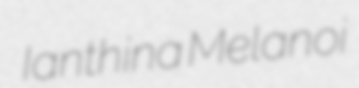
Ianthina Melanoi